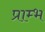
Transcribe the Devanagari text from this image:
प्राम्‍भ